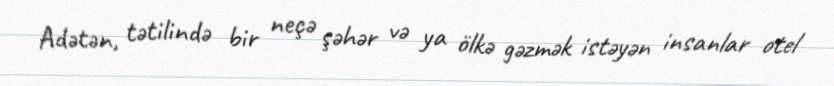
Adətən, tətilində bir neçə şəhər və ya ölkə gəzmək istəyən insanlar otel